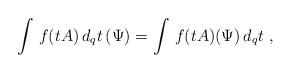
LaTeX: \begin{align*}\int\,f(tA)\,d_{q}t\,(\Psi)=\int\,f(tA)(\Psi)\,d_{q}t\; ,\end{align*}